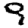
Digit: 9